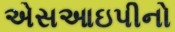
એસઆઇપીનો